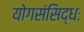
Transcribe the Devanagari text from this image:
योगसंसिद्धः